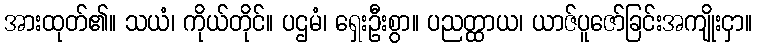
အားထုတ်၏။ သယံ၊ ကိုယ်တိုင်။ ပဌမံ၊ ရှေးဦးစွာ။ ပညတ္ထာယ၊ ယာဇ်ပူဇော်ခြင်းအကျိုးငှာ။